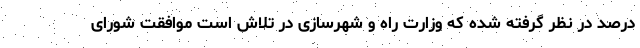
درصد در نظر گرفته شده که وزارت راه و شهرسازی در تلاش است موافقت شورای